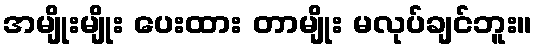
အမျိုးမျိုး ပေးထား တာမျိုး မလုပ်ချင်ဘူး။